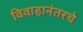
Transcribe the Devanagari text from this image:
विवाहानंतरचे